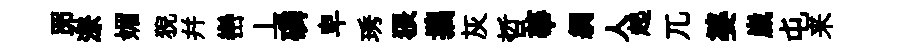
𦊑潦媚猊幷巒丄磷卑琇猥攜灰哲華綢人起兀婆嵗屯来